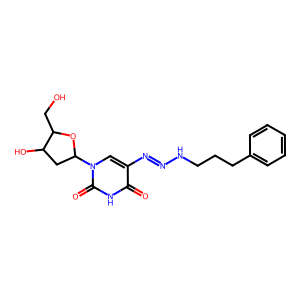
SMILES: O=c1[nH]c(=O)n(C2CC(O)C(CO)O2)cc1N=NNCCCc1ccccc1
Inhibits HIV replication: No